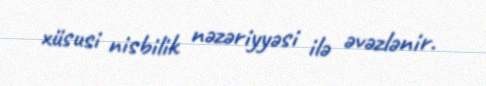
xüsusi nisbilik nəzəriyyəsi ilə əvəzlənir.